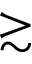
\gtrsim